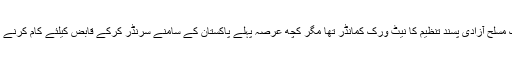
سخی داد عرف طوفان ایک مسلح آزادی پسند تنظیم کا نیٹ ورک کمانڈر تھا مگر کچھ عرصہ پہلے پاکستان کے سامنے سرنڈر کرکے قابض کیلئے کام کرنے پر رضا مند ہو گئے تھے۔